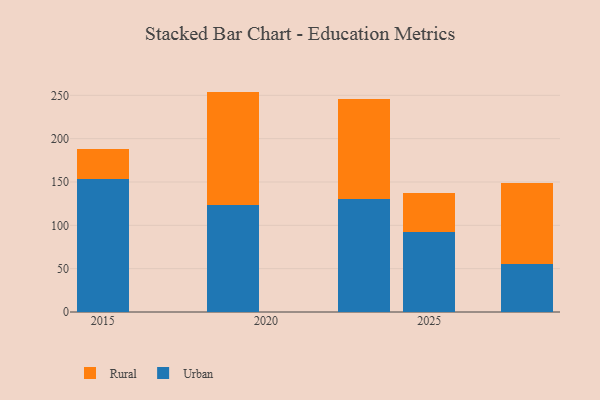
{"axis": {"x": "Year", "y": "Energy Usage (MWh)"}, "legend": ["Rural", "Urban"], "data": [{"x": "2025", "y": 92.6, "type": "Urban"}, {"x": "2025", "y": 45.2, "type": "Rural"}, {"x": "2023", "y": 130.9, "type": "Urban"}, {"x": "2023", "y": 114.6, "type": "Rural"}, {"x": "2019", "y": 123.5, "type": "Urban"}, {"x": "2019", "y": 130.8, "type": "Rural"}, {"x": "2028", "y": 55.9, "type": "Urban"}, {"x": "2028", "y": 92.8, "type": "Rural"}, {"x": "2015", "y": 153.6, "type": "Urban"}, {"x": "2015", "y": 34.9, "type": "Rural"}]}